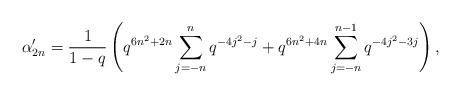
LaTeX: \begin{align*} \alpha'_{2n} = \frac{1}{1-q}\left(q^{6n^2+2n}\sum_{j=-n}^{n}q^{-4j^2-j} + q^{6n^2+4n}\sum_{j=-n}^{n-1}q^{-4j^2-3j}\right), \end{align*}